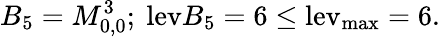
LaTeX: B_{5}=M_{0,0}^{3};~\mathrm{lev}{B_{5}}=6\le\mathrm{{lev}_{\mathrm{{max}}}=6.}